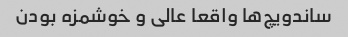
ساندویچ‌ها واقعا عالی و خوشمزه بودن